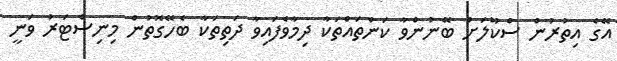
އޭގެ އިތުރުން ސްކޫލަށް ބޭނުންވާ ކަންތައްތަކާ ދިމާވެފައިވާ ދަތިތަކާ ބެހޭގޮތުން މިނިސްޓަރު ވަނީ